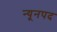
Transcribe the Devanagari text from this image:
न्यूनपद